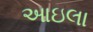
આઇલા